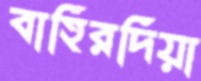
বাহিরদিয়া